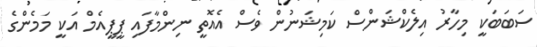
ސަބަބަކީ މިހާރު އިލެކްޝަންސް ކަމިޝަނުން ވެސް އެއޮތީ ނިންމާފައި ޕީޕީއެމް އަކީ މަމެންގެ